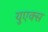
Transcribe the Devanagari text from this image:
युएक्स